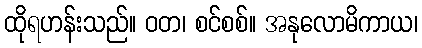
ထိုရဟန်းသည်။ ဝတ၊ စင်စစ်။ အနုလောမိကာယ၊